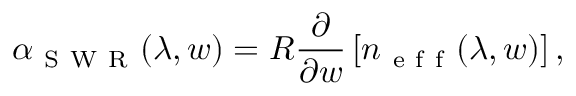
\alpha _ { \mathrm { ~ S ~ W ~ R ~ } } ( \lambda , w ) = R \frac { \partial } { \partial w } \left[ n _ { \mathrm { ~ e ~ f ~ f ~ } } ( \lambda , w ) \right] ,